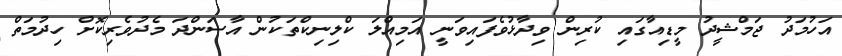
އަހުމަދު ޖަމްޝީދު މީޑިއާގައި ކުރިން ވިދާޅުވެފައިވަނީ އަމިއްލަ ކްލިނިކްތަކުން އާސަންދަ މެދުވެރިކޮށް ހިދުމަތް